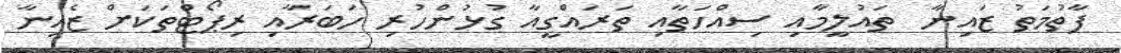
ފާތުމަތު ޒައިނާ  ތައުލީމާއި ސިއްހަތާއި ތަރައްގީއާ ގުޅުންހުރި ހަބަރާއި ރިޕޯޓްތަކަށް ޒެއިނާ